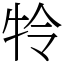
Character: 㸳